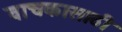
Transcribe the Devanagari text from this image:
वाचकासाठी